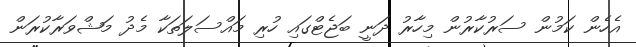
އެހެން ކަމުން ސަރުކާރުން މިހާރު ދަނީ ބަޖެޓްގައި ހުރި މައްސަލަތަކާ މެދު މަޝްވަރާކުރަން